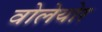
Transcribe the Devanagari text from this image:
वोलेयोर